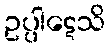
ဥပ္ပါဋေသိ